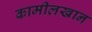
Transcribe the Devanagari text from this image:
कामीलखान